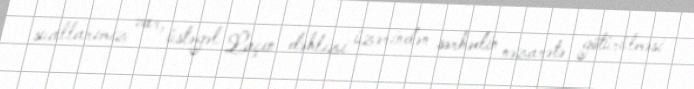
suallarımız var, üstəgəl Laçın dəhlizi üzərindən sərhədin nəzarətə götürülməsi